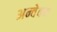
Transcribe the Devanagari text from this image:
अन्वेवय